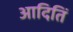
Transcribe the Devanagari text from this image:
आदितिं